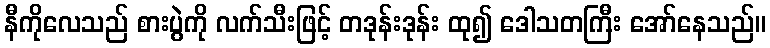
နီကိုလေသည် စားပွဲကို လက်သီးဖြင့် တဒုန်းဒုန်း ထု၍ ဒေါသတကြီး အော်နေသည်။